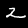
Digit: 2